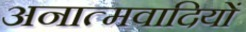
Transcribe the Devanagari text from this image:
अनात्मवादियों